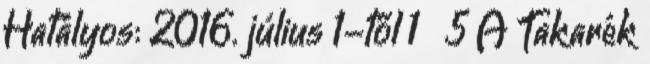
Hatályos: 2016. július 1-től 1 5 A Takarék